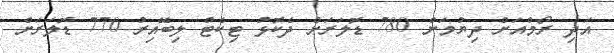
އަދި ރޯމްއަށް ދިޔުމަށް 780 ޑޮލަރަށް ދެކޮޅު ޓިކެޓް ލިބޭއިރު 770 ޑޮލަރަށް